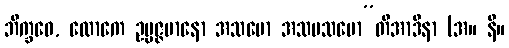
ဘိက္ခဝေ, လောကေ ဥပ္ပဇ္ဇမာနော အသမော အသမသမော”တိအာဒိနာ (အ။ နိ။